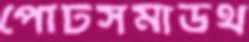
পোর্টসমাউথ